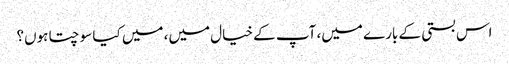
اس بستی کے بارے میں، آپ کے خیال میں، میں کیا سوچتا ہوں؟